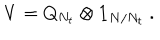
V = Q _ { N _ { t } } \otimes { \bf 1 } _ { N / N _ { t } } ~ .